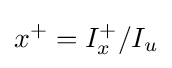
\,\!x^{+}=I_{x}^{+}/I_{u}